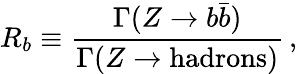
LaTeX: R_{b}\equiv\frac{\Gamma(Z\rightarrow b\bar{b})}{\Gamma(Z\rightarrow\mathrm{hadrons})}\, ,